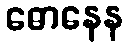
ဓောနေန